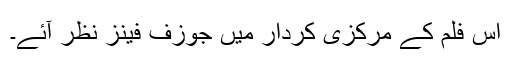
اس فلم کے مرکزی کردار میں جوزف فینز نظر آئے۔